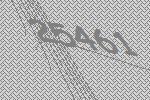
25461